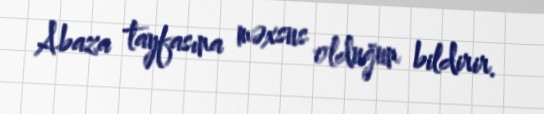
Abaza tayfasına məxsus olduğun bildirir.